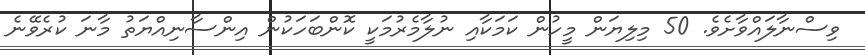
ވިސްނާލައްވާށެވެ. 50 މިލިޔަން މީހުން ކަމަކާއި ނުލާމެރުމަކީ ކޮންބަހަކުން އިންސާނިއްޔަތު މާނަ ކުރެވޭނެ